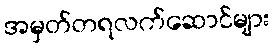
အမှတ်တရလက်ဆောင်များ